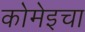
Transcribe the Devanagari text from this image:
कोमेइचा